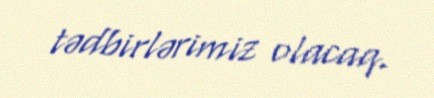
tədbirlərimiz olacaq.